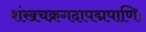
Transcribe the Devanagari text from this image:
शंखचक्रगदापद्मपाणिः